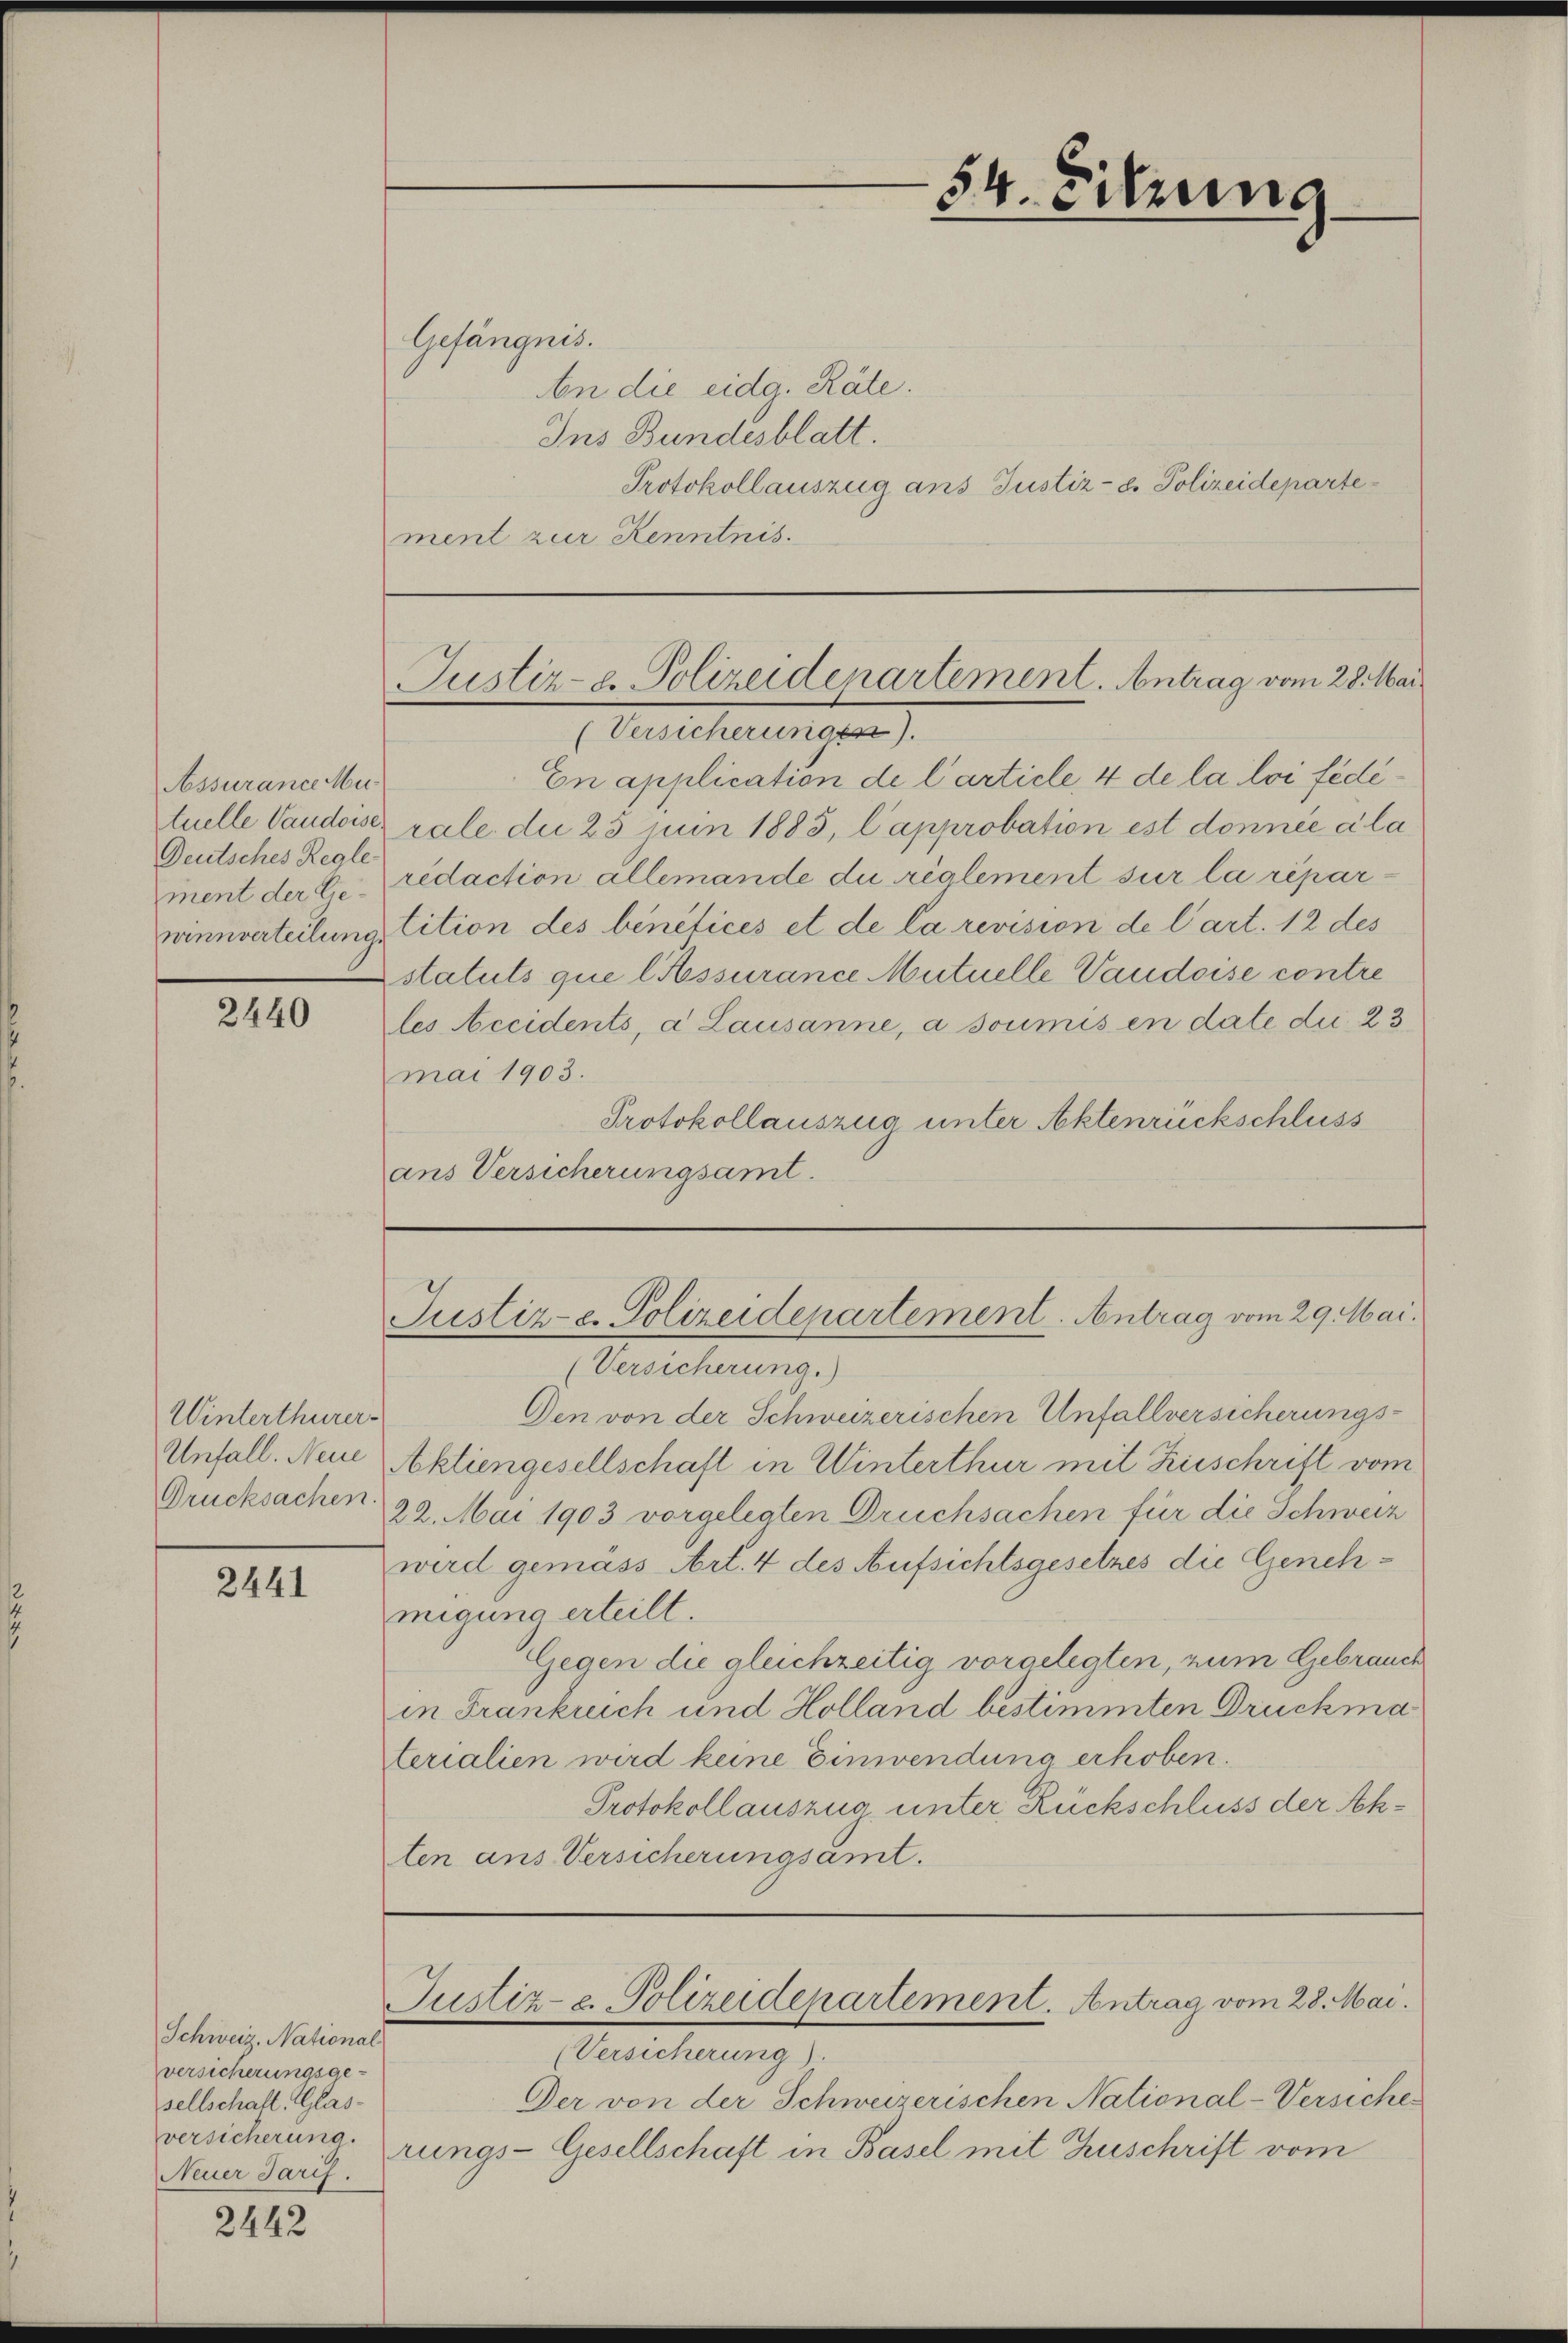
Assurance Mu
Deutsches Regle
ment der Lie¬

2440

Winterthurer-
Unfall. Neue
Drucksachen.

2441

Schweiz. National
versicherungsge-
sellschaft, Glas-
versicherung.
Neuer Tarif.

2442

Gefängnis.
An die eidg. Räte.
Ins Bundesblatt.
Protokollauszug ans Justiz- & Polizeidepartement zur Kenntnis.

En application de l’article, 4 de la loi fédétuelle Vaudoiser rale die 25 Juin 1883, l’approbation est donnée à la
redaction allemande du règlement sur la réparninnverteilung tition des bénéfices et de la revision de l’art. 12 des
statuts que lassurance Mutuelle Vaudoise contre
les Accidents, a Lausanne, a soumis en date die 23
mai 1903.
Protokollauszug unter Aktenrückschluss
ans Versicherungsamt.

54. Sitzung
d

Justiz- & Polizeidenartement. Antrag vom 28. Mai
(Versicherungen).

Justiz- e. Polizeidepartement. Antrag vom 29. Mai.

(Versicherung.)
Den von der Schweizerischen Unfallversicherungs-
Aktiengesellschaft in Winterthur mit Zuschrift vom
22. Mai 1903 vorgelegten Druchsachen für die Schweiz
wird gemäss Art. 4 des Aufsichtsgesetzes die Genehmigung erteilt.
Gegen die gleichzeitig vorgelegten, zum Gebrauch
in Frankrich und Holland bestimmten Druckma
terialien wird keine Einwendung erhoben.
Protokollauszua unter Rückschluss der Akten aus Versicherungsämt.

Justiz- u. Polizeidepartement. Antrag vom 28. Mai.
(Versicherung).

Der von der Schweizerischen National-Versiches
rungs-Gesellschaft in Basel mit Zuschrift vom